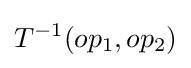
T^{-1}(op_{1},op_{2})